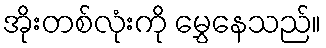
အိုးတစ်လုံးကို မွှေနေသည်။